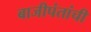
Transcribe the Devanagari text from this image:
बाजीपंतांची